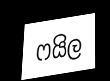
ෆයිල